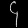
Digit: ၄